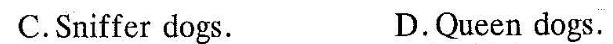
C.Sniffer dogs. D.Oueen dogs.